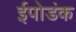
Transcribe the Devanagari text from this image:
ईपोडंक